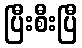
ပြီးစီးပြီ